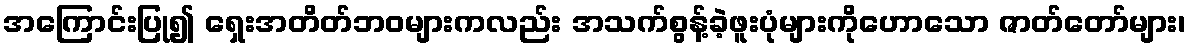
အကြောင်းပြု၍ ရှေးအတိတ်ဘဝများကလည်း အသက်စွန့်ခဲ့ဖူးပုံများကိုဟောသော ဇာတ်တော်များ၊